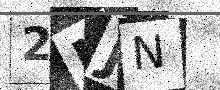
Text: 2NJN